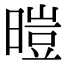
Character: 暟